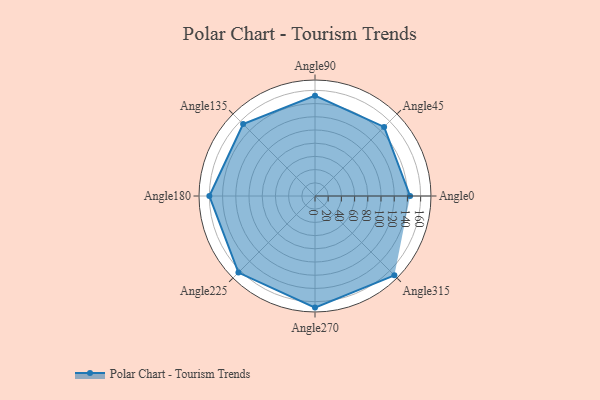
{"axis": {"x": "Angle", "y": "Radius"}, "legend": [""], "data": [{"x": "Angle0", "y": 144.0, "type": ""}, {"x": "Angle45", "y": 148.0, "type": ""}, {"x": "Angle90", "y": 152.0, "type": ""}, {"x": "Angle135", "y": 154.0, "type": ""}, {"x": "Angle180", "y": 160.0, "type": ""}, {"x": "Angle225", "y": 164.0, "type": ""}, {"x": "Angle270", "y": 169.0, "type": ""}, {"x": "Angle315", "y": 170, "type": ""}]}